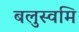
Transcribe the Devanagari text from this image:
बलुस्वमि